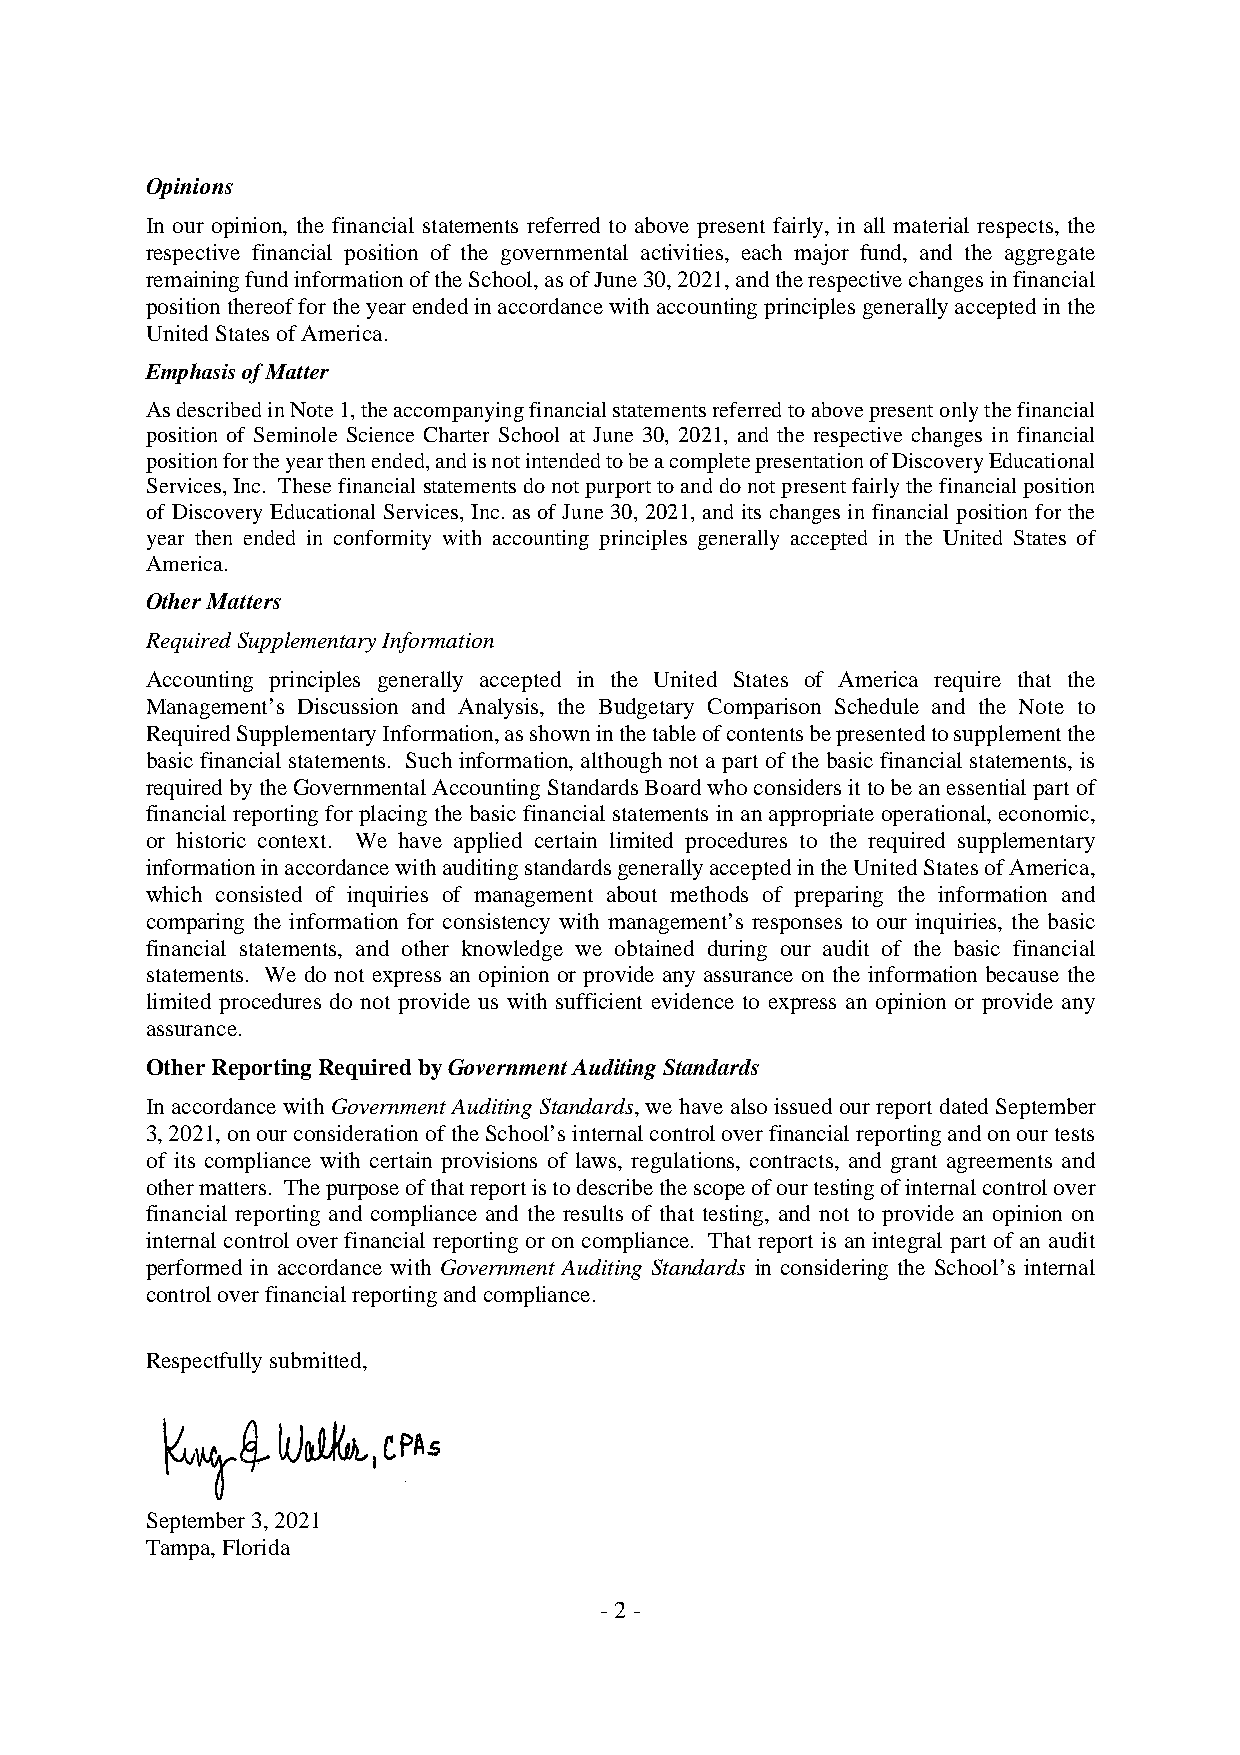
Opinions
 In our opinion, the financial statements referred to above present fairly, in all material respects, the
 respective financial position of the governmental activities, each major fund, and the aggregate
 remainingfundinformationoftheSchool,asofJune30,2021,andtherespectivechangesinfinancial
 positionthereoffortheyearendedinaccordancewithaccountingprinciplesgenerallyacceptedinthe
 UnitedStatesofAmerica.
 EmphasisofMatter
 AsdescribedinNote1,theaccompanyingfinancialstatementsreferredtoabovepresentonlythefinancial
 position of Seminole Science Charter School at June 30, 2021, and the respective changes in financial
 positionfortheyearthenended,andisnotintendedtobeacompletepresentationofDiscoveryEducational
 Services,Inc. Thesefinancialstatements donot purporttoanddonotpresentfairlythefinancial position
 of Discovery Educational Services, Inc. as of June 30, 2021, and its changes in financial position for the
 year then ended in conformity with accounting principles generally accepted in the United States of
 America.
 OtherMatters
 RequiredSupplementaryInformation
 Accounting principles generally accepted in the United States of America require that the
 Management’s Discussion and Analysis, the Budgetary Comparison Schedule and the Note to
 RequiredSupplementaryInformation,asshowninthetableofcontentsbepresentedtosupplementthe
 basic financial statements. Such information,although not a part of the basic financial statements, is
 requiredbytheGovernmentalAccountingStandardsBoardwhoconsidersittobeanessentialpartof
 financial reporting for placing the basic financial statements in anappropriateoperational, economic,
 or historic context. We have applied certain limited procedures to the required supplementary
 informationinaccordancewithauditingstandardsgenerallyacceptedintheUnitedStatesofAmerica,
 which consisted of inquiries of management about methods of preparing the information and
 comparing the information for consistency with management’s responses to our inquiries, the basic
 financial statements, and other knowledge we obtained during our audit of the basic financial
 statements. We do not express an opinion or provide any assurance on the information because the
 limited procedures do not provide us with sufficient evidence to express an opinion or provide any
 assurance.
 OtherReportingRequiredbyGovernmentAuditingStandards
 In accordance with Government Auditing Standards,we have also issued ourreport dated September
 3,2021,onourconsiderationoftheSchool’sinternalcontroloverfinancialreportingandonourtests
 of its compliance with certain provisions of laws, regulations, contracts, and grant agreements and
 othermatters. Thepurposeofthatreportistodescribethescopeofourtestingofinternalcontrolover
 financial reporting and compliance and the results of that testing, and not to provide an opinion on
 internal control over financial reporting or on compliance. That report is an integral part of an audit
 performed in accordance with Government Auditing Standards in considering the School’s internal
 controloverfinancialreportingandcompliance.
 Respectfullysubmitted,
 September3,2021
 Tampa,Florida
 -2-